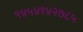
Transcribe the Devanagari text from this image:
९४५४१४२७८५